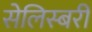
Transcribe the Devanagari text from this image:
सेलिस्बरी